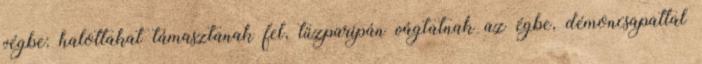
végbe: halottakat támasztanak fel, tűzparipán vágtatnak az égbe, démoncsapattal